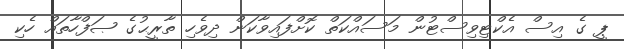
ޕީ ގެ އިސް އެކްޓިވިސްޓުން މަސައްކަތް ކޮށްފައިވާކަން ދިވެހި ތާރީޙުގެ ޞަފްހާތައް ހެކި